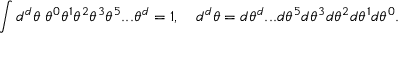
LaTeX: \int d ^ { d } \theta \; \theta ^ { 0 } \theta ^ { 1 } \theta ^ { 2 } \theta ^ { 3 } \theta ^ { 5 } . . . \theta ^ { d } = 1 , \quad d ^ { d } \theta = d \theta ^ { d } . . . d \theta ^ { 5 } d \theta ^ { 3 } d \theta ^ { 2 } d \theta ^ { 1 } d \theta ^ { 0 } .